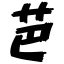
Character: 芭